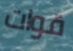
قوات